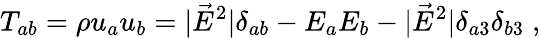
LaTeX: T_{ab}=\rho u_{a}u_{b}=|\vec{E}^{2}|\delta_{ab}-E_{a}E_{b}-|\vec{E}^{2}|\delta_{a3}\delta_{b3}\; ,